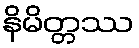
နိမိတ္တဿ